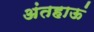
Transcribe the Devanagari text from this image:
अंतहाऊं